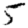
Digit: 5